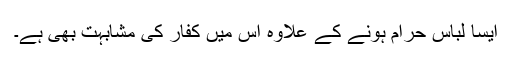
ایسا لباس حرام ہونے کے علاوہ اس میں کفار کی مشابہت بھی ہے۔